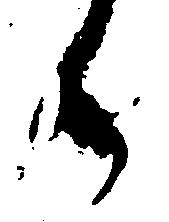
候